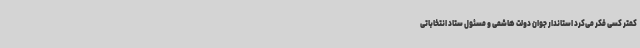
کمتر کسی فکر می‌کرد استاندار جوان دولت هاشمی و مسئول ستاد انتخاباتی